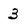
Character: 3